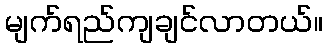
မျက်ရည်ကျချင်လာတယ်။